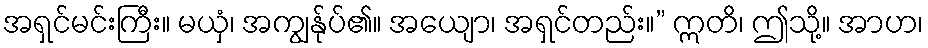
အရှင်မင်းကြီး။ မယှံ၊ အကျွန်ုပ်၏။ အယျော၊ အရှင်တည်း။” ဣတိ၊ ဤသို့။ အာဟ၊